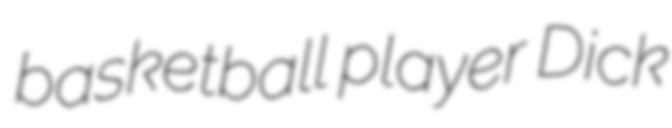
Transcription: basketball player Dick